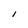
Character: I